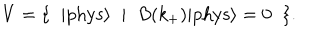
V = \{ \; \; | \mathrm { p h y s } { \rangle } \; \; | \; \; B ( k _ { + } ) | \mathrm { p h y s } { \rangle } = 0 \; \; \} .